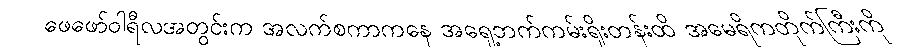
ဖေဖော်ဝါရီလအတွင်းက အလက်စကာကနေ အရှေ့ဘက်ကမ်းရိုးတန်းထိ အမေရိကတိုက်ကြီးကို